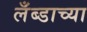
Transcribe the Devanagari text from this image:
लँब्डाच्या